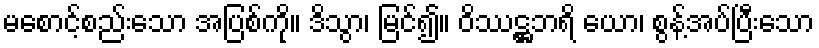
မစောင့်စည်းသော အပြစ်ကို။ ဒိသွာ၊ မြင်၍။ ဝိဿဋ္ဌဘရိ ယော၊ စွန့်အပ်ပြီးသော